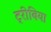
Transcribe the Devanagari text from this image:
ट्रीबिया